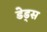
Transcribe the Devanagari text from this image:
डेड्स